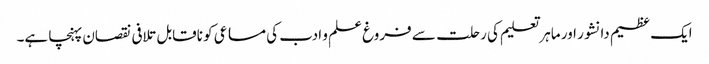
ایک عظیم دانشور اور ماہر تعلیم کی رحلت سے فروغ علم و ادب کی مساعی کو ناقابل تلافی نقصان پہنچا ہے۔